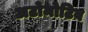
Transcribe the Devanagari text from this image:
अटोमोटिव